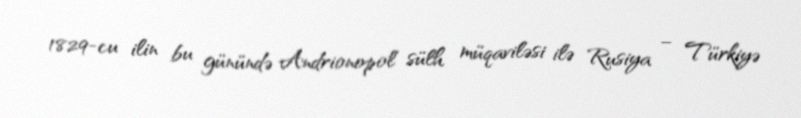
1829-cu ilin bu günündə Andrionopol sülh müqaviləsi ilə Rusiya – Türkiyə